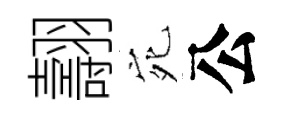
翿宛公